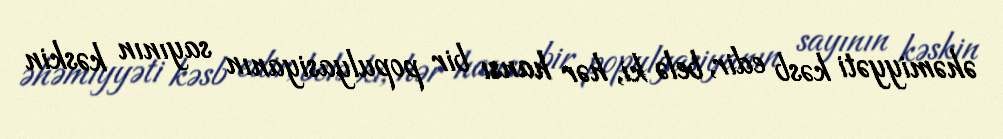
əhəmiyyəti kəsb edir, belə ki, hər hansı bir populyasiyanın sayının kəskin